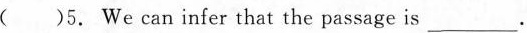
( )5. We can infer that the passage is___.